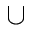
\cup